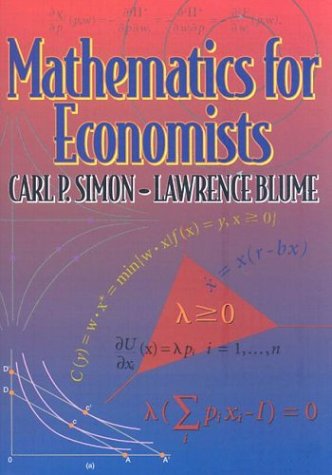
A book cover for Mathematics for Economists; Carl P. Simon; Business & Money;